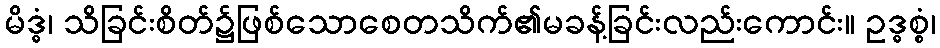
မိဒ္ဓံ၊ သိခြင်းစိတ်၌ဖြစ်သောစေတသိက်၏မခန့်ခြင်းလည်းကောင်း။ ဥဒ္ဓစ္စံ၊